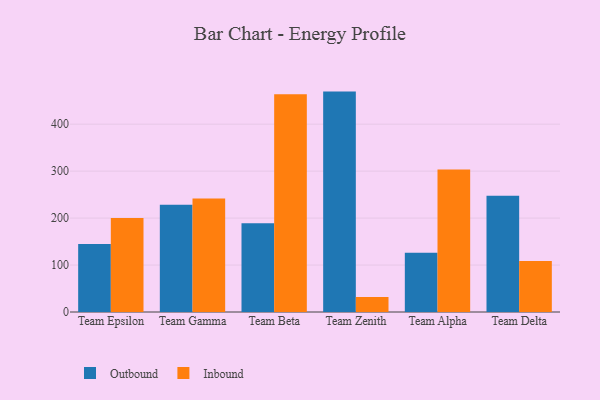
{"axis": {"x": "Team", "y": "Latency (ms)"}, "legend": ["Inbound", "Outbound"], "data": [{"x": "Team Epsilon", "y": 144.6, "type": "Outbound"}, {"x": "Team Epsilon", "y": 200.3, "type": "Inbound"}, {"x": "Team Gamma", "y": 228.2, "type": "Outbound"}, {"x": "Team Gamma", "y": 241.9, "type": "Inbound"}, {"x": "Team Beta", "y": 188.8, "type": "Outbound"}, {"x": "Team Beta", "y": 463.6, "type": "Inbound"}, {"x": "Team Zenith", "y": 469.3, "type": "Outbound"}, {"x": "Team Zenith", "y": 32.2, "type": "Inbound"}, {"x": "Team Alpha", "y": 126.2, "type": "Outbound"}, {"x": "Team Alpha", "y": 303.6, "type": "Inbound"}, {"x": "Team Delta", "y": 247.4, "type": "Outbound"}, {"x": "Team Delta", "y": 108.7, "type": "Inbound"}]}